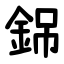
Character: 銱